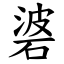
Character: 碆